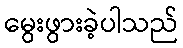
မွေးဖွားခဲ့ပါသည်